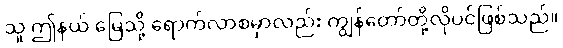
သူ ဤနယ် မြေသို့ ရောက်လာစမှာလည်း ကျွန်တော်တို့လိုပင်ဖြစ်သည်။